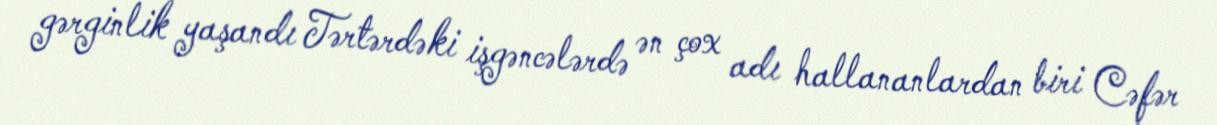
gərginlik yaşandı Tərtərdəki işgəncələrdə ən çox adı hallananlardan biri Cəfər